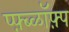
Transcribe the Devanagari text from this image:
प्फ़़्ब्ळॉफ़्प